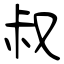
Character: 叔